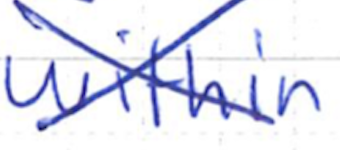
Text: within
Cross-out: cross
Writing tool: ballpoint